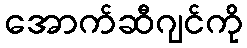
အောက်ဆီဂျင်ကို